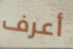
أعرف